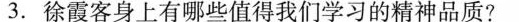
3. 徐霞客身上有哪些值得我们学习的精神品质?